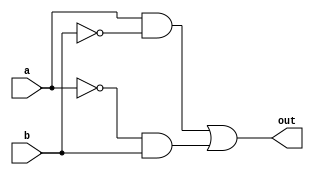
module xor_gate(
    input wire a,
    input wire b,
    output reg out
);

reg p1, p2;

assign p1 = a & ~b;
assign p2 = ~a & b;

always @(*) begin
    out = p1 | p2;
end

endmodule